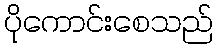
ပိုကောင်းစေသည်